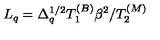
L _ { q } = \Delta _ { q } ^ { 1 / 2 } T _ { 1 } ^ { ( B ) } \beta ^ { 2 } / T _ { 2 } ^ { ( M ) }